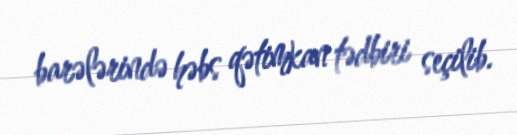
barələrində həbs qətimkan tədbiri seçilib.